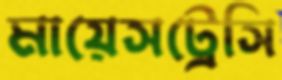
মায়েসট্রেসি